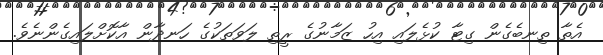
އެތާ ތިނބެގެން ގިޓާ ކުޅެލައި އިހު ޒަމާނުގެ ރީތި ލަވަތަކުގެ ހަނދާން އާކޮށްލައިގެންނެވެ.